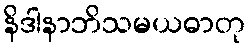
နိဒါနာဘိသမယဓာတု